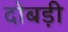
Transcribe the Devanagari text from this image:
दोबड़ी